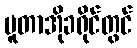
ပူတာအိုခရိုင်တွင်